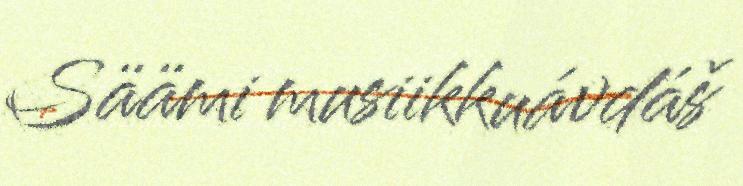
Säämi musiikkuávdáš